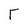
Character: T